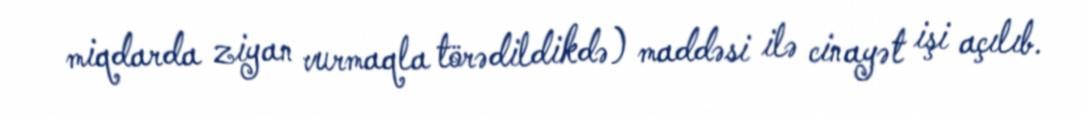
miqdarda ziyan vurmaqla törədildikdə) maddəsi ilə cinayət işi açılıb.